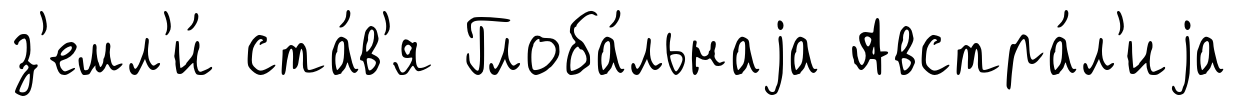
з'емл'и́ ста́в'я Глоба́льнаjа Австра́л'иjа